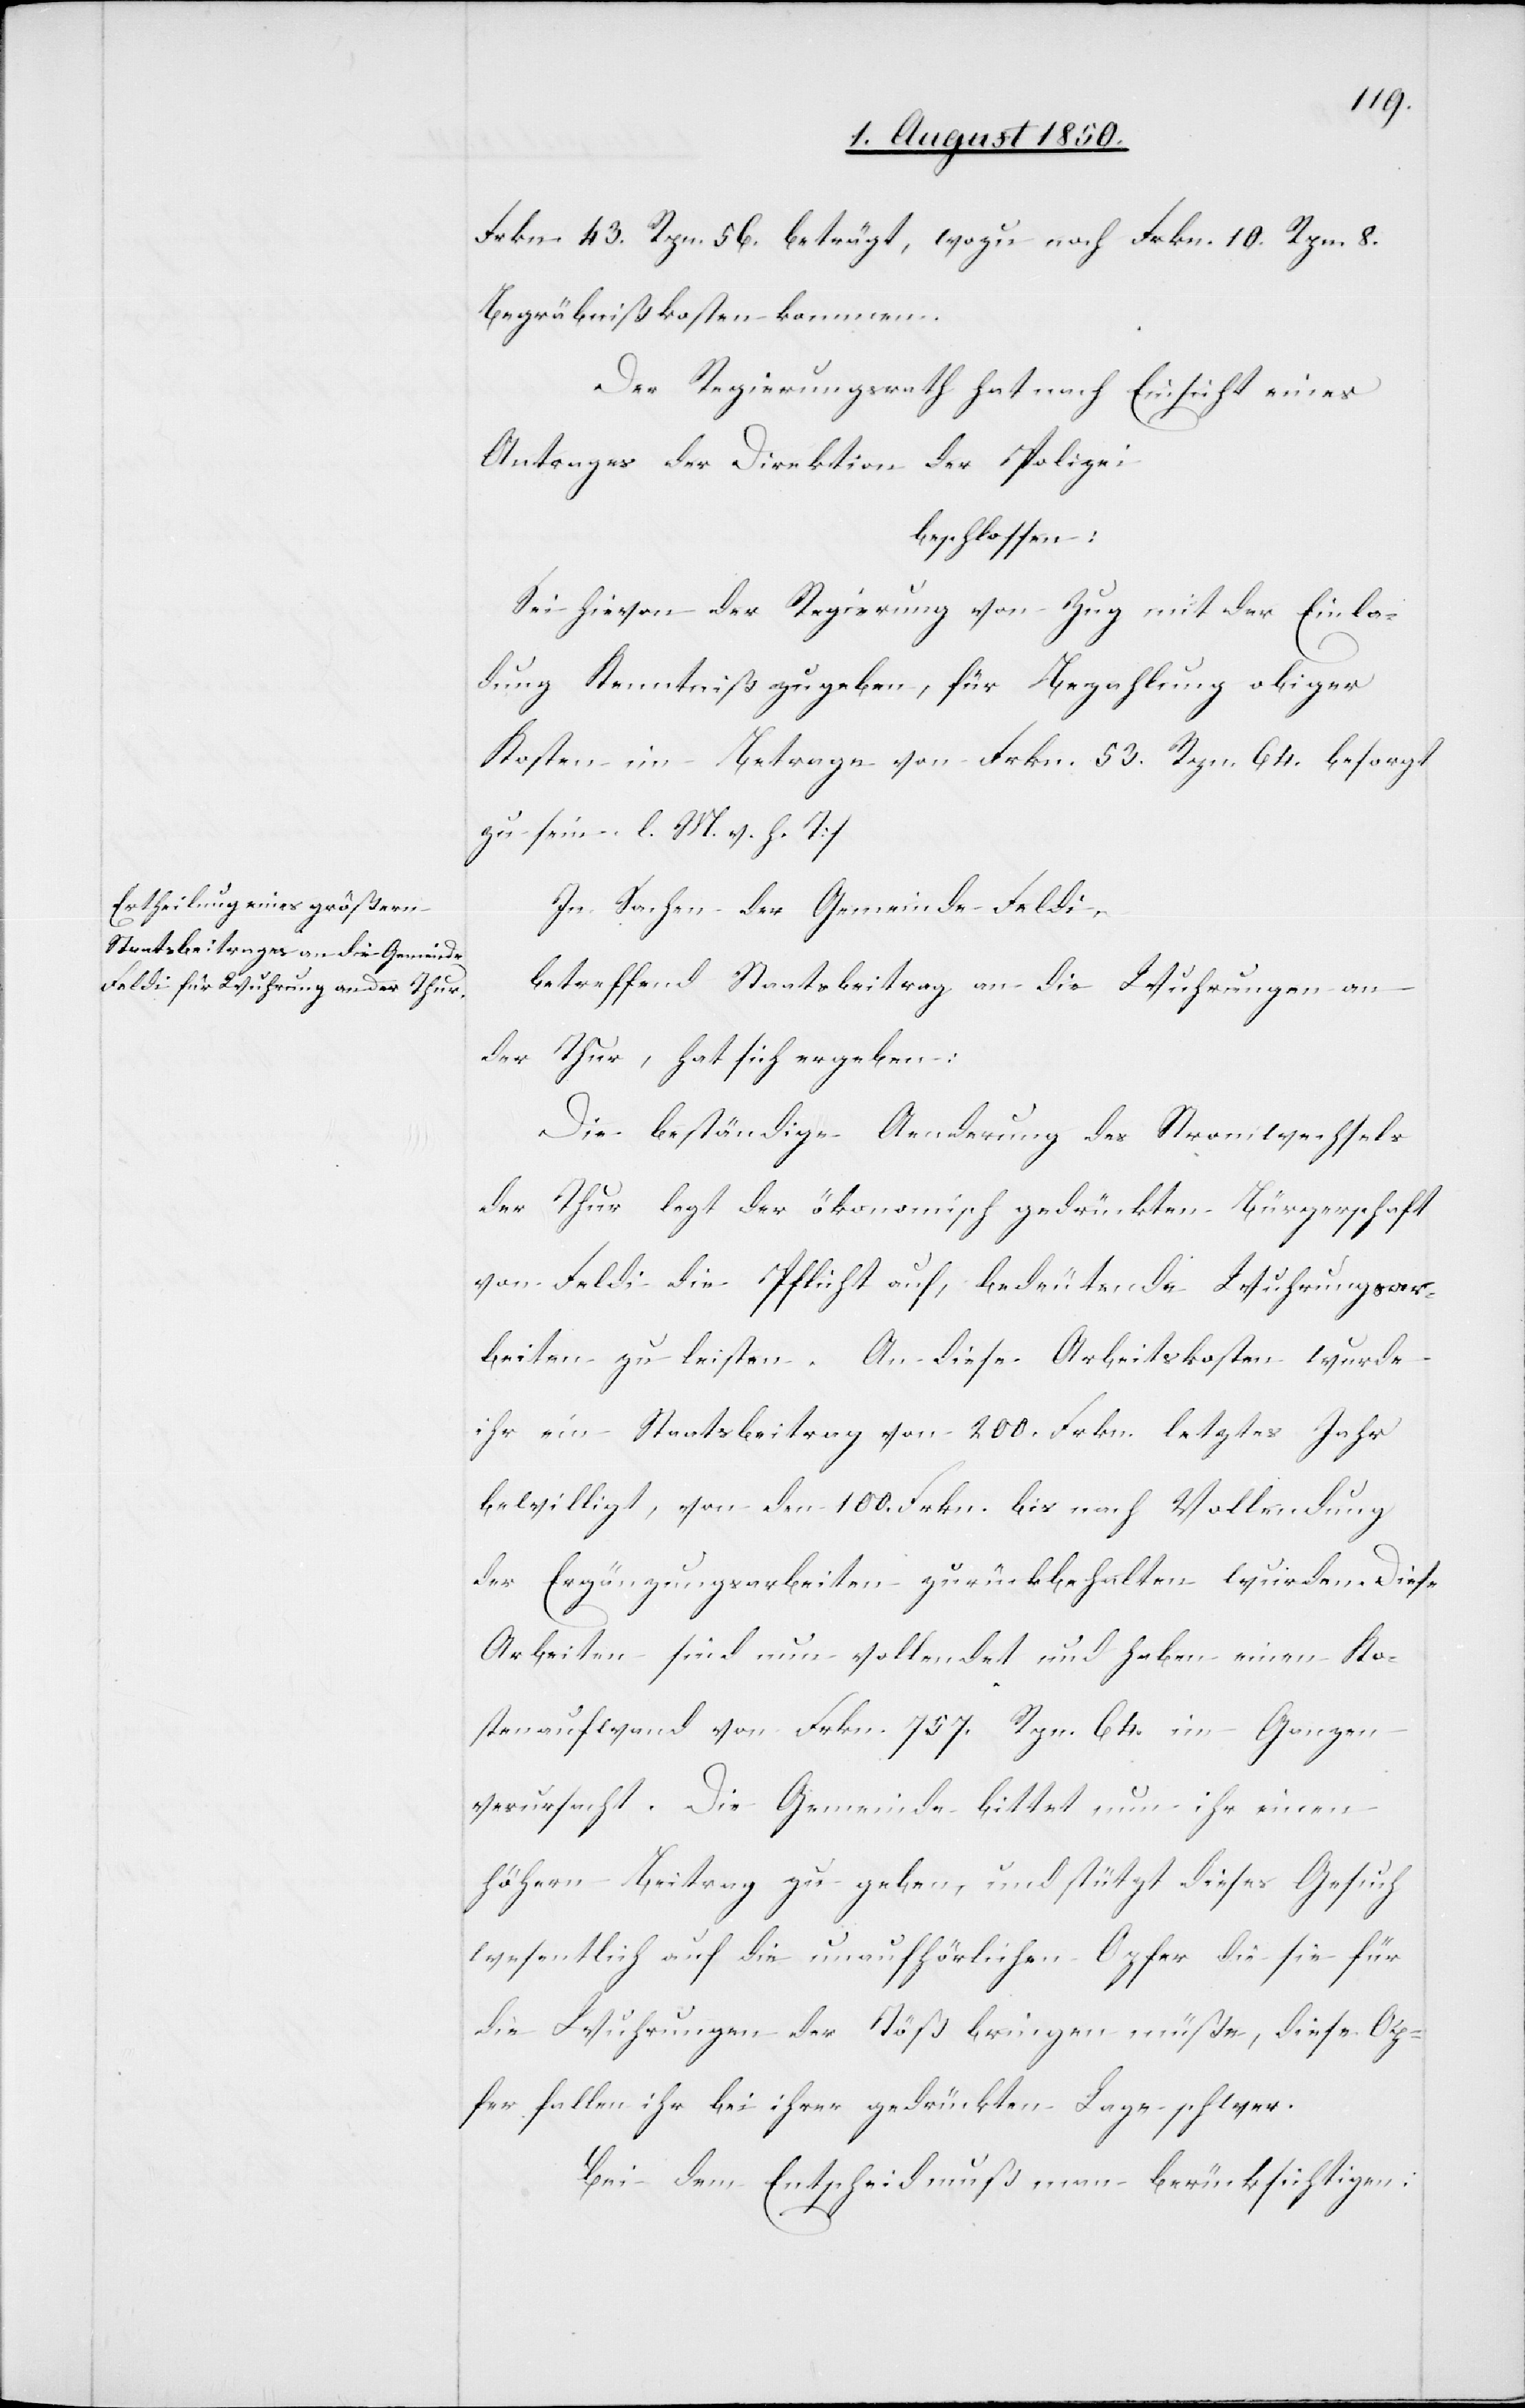
Frkn. 43. Rpn. 56. beträgt, wozu noch Frkn. 10. Rpn. 8.
Begräbnißkosten kommen.
Der Regierungsrath hat nach Einsicht eines
Antrages der Direktion der Polizei
beschlossen:
Sei hievon der Regierung von Zug mit der Einla¬
dung Kenntniß zu geben, für Bezahlung obiger
Kosten im Betrage von Frkn. 53. Rpn. 64. besorgt
zu sein. l. M. v. h. T
In Sachen der Gemeinde Feldi,
betreffend Staatsbeitrag an die Wuhrungen an
der Thur, hat sich ergeben:
Die beständige Aenderung des Stromwechsels
der Thur legt der ökonomisch gedrückten Bürgerschaft
von Feldi die Pflicht auf, bedeutende Wuhrungsar¬
beiten zu leisten. An diese Arbeitskosten wurde
ihr ein Staatsbeitrag von 200. Frkn. letztes Jahr
bewilligt, von den 100 Frkn. bis nach Vollendung
der Ergänzungsarbeiten zurückbehalten wurden. Diese
Arbeiten sind nun vollendet und haben einen Ko¬
stenaufwand von Frkn. 757. Rpn. 64. im Ganzen
verursacht. Die Gemeinde bittet nun ihr einen
höhern Beitrag zu geben, und stützt dieses Gesuch
wesentlich auf die unaufhörlichen Opfer die sie für
die Wuhrungen der Töß bringen müße, diese Op¬
fer fallen ihr bei ihrer gedrückten Lage schwer.
Bei dem Entscheid muß man berücksichtigen: